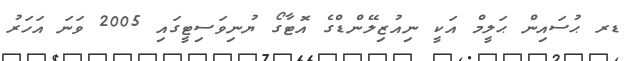
ޑރ ޙުސައިން ޙަލީމް އަކީ ނިއުޒިލޭންޑްގެ އޮޓާގޯ ޔުނިވަސިޓީގައި 2005 ވަނަ އަހަރު